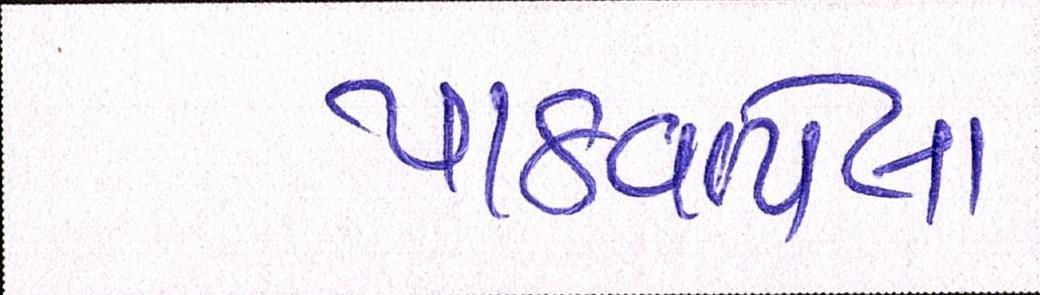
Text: પાઠવાયેલા